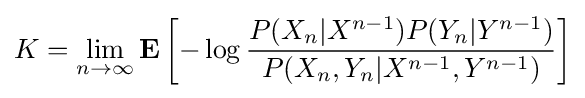
K=\lim _{n\to \infty }\mathbf {E} \left[-\log {\frac {P(X_{n}|X^{n-1})P(Y_{n}|Y^{n-1})}{P(X_{n},Y_{n}|X^{n-1},Y^{n-1})}}\right]